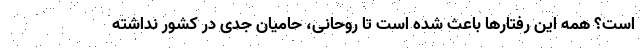
است؟ همه این رفتارها باعث شده است تا روحانی، حامیان جدی در کشور نداشته